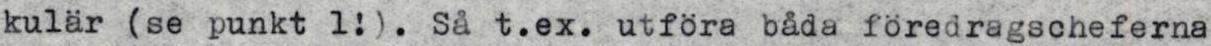
kulär (se punkt 1!). Så t.ex. utföra båda föredragscheferna